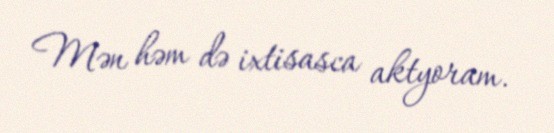
Mən həm də ixtisasca aktyoram.